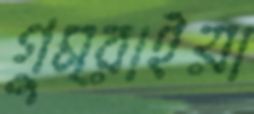
গুম্‌রাইয়া